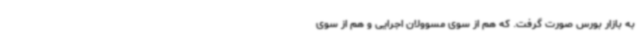
به بازار بورس صورت گرفت. که هم از سوی مسوولان اجرایی و هم از سوی